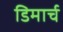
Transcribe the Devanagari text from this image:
डिमार्च